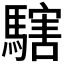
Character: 𩥌